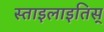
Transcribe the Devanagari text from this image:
स्ताइलाइतिस्